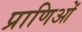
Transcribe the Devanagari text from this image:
प्राणिओं